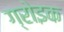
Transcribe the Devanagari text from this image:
ग्रोइक